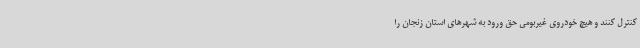
کنترل کنند و هیچ خودروی غیربومی حق ورود به شهرهای استان زنجان را